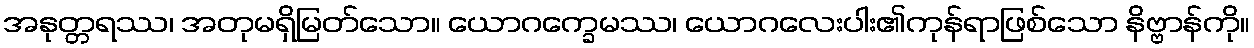
အနုတ္တရဿ၊ အတုမရှိမြတ်သော။ ယောဂက္ခေမဿ၊ ယောဂလေးပါး၏ကုန်ရာဖြစ်သော နိဗ္ဗာန်ကို။